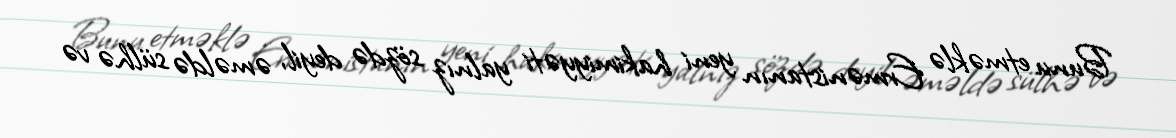
Bunu etməklə Ermənistanın yeni hakimiyyəti yalnız sözdə deyil, əməldə sülhə və